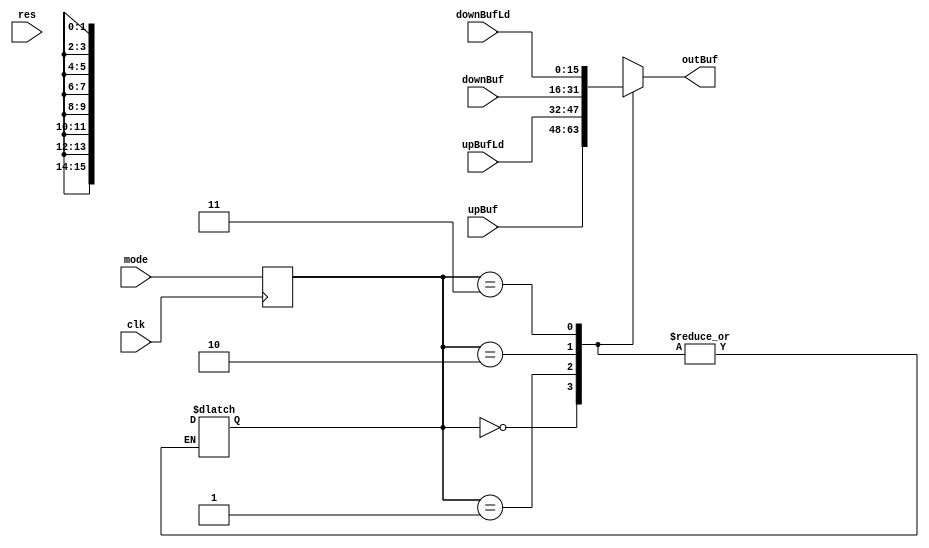
`timescale 1ns / 1ps

module ModeMux(
    input clk,
    input res,
    input [1:0] mode,
    input [15:0] upBuf,
    input [15:0] upBufLd,
    input [15:0] downBuf,
    input [15:0] downBufLd,
    output reg [15:0] outBuf
    );
    
    reg [1:0] cur;
        reg [1:0] next;
        reg dbBit;
        
        //state trans
        always @(*) begin
            case(cur)
                2'b00: next = 2'b01;
                2'b01: next = 2'b10;
                2'b10: next = 2'b11;
                2'b11: next = 2'b00;
                default: begin next = 2'b00;
                    cur = 2'b00;
                    end
            endcase
        end
        
        always @(*) begin
            //mux
            case(cur)
                2'b00: outBuf = upBuf;
                2'b01: outBuf = upBufLd;
                2'b10: outBuf = downBuf;
                2'b11: outBuf = downBufLd;
                default: outBuf = 16'b111111111111111;
            endcase
            end
        
        always @(posedge clk) begin
            cur <= mode;
        end
endmodule